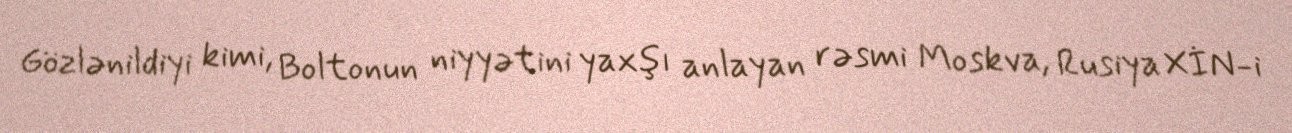
Gözlənildiyi kimi, Boltonun niyyətini yaxşı anlayan rəsmi Moskva, Rusiya XİN-i